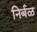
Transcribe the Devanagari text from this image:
निर्बळ